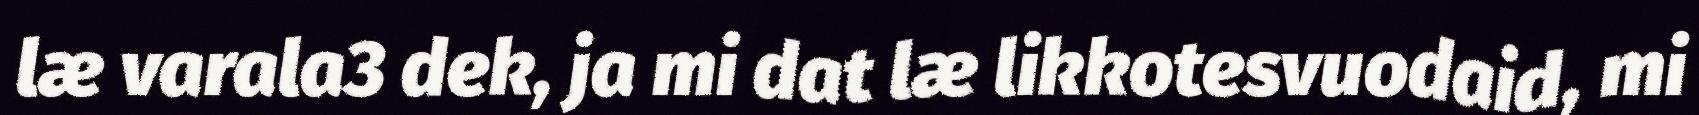
læ varala3 dek, ja mi dat læ likkotesvuodaid, mi